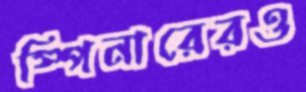
স্পিনারেরও